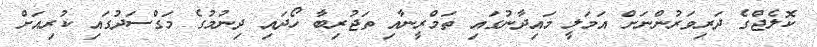
ކޮލެޖްގެ ދަރިވަރުންނަށް އަމަލީ މައިދާނުގައި ތަމްރީނާއި ތަޖުރިބާ ހޯދައި ދިނުމުގެ މަގްސަދުގައި ކުރިއަށް